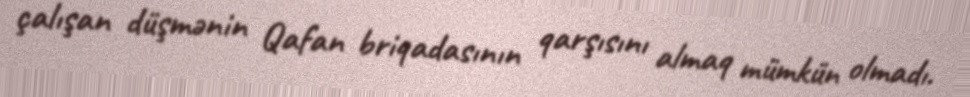
çalışan düşmənin Qafan briqadasının qarşısını almaq mümkün olmadı.